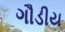
ગૌડીય